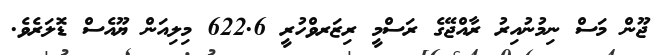
ޖޫން މަސް ނިމުނުއިރު ރާއްޖޭގެ ރަސްމީ ރިޒަރވްހުރީ 622.6 މިލިއަން ޔޫއެސް ޑޮލަރެވެ.